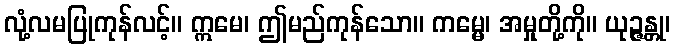
လုံ့လမပြုကုန်လင့်။ ဣမေ၊ ဤမည်ကုန်သော။ ကမ္မေ၊ အမှုတို့ကို။ ယုဉ္ဇန္တု၊